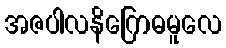
အဇပါလနိဂြောဓမူလေ